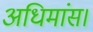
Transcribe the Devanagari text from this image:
अधिमांस।